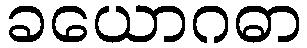
ခယောဂဓာ